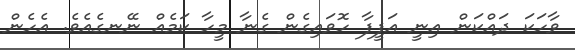
ވާހަކަ ދައްކަން އިނީ އަފީފާ ހޮވައިގެން ގެނާ މީހާ ކަމެއް ނޭނގެއެވެ. އެހެން